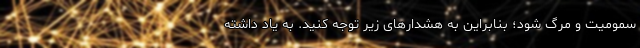
سمومیت و مرگ شود؛ بنابراین به هشدار‌های زیر توجه کنید. به یاد داشته